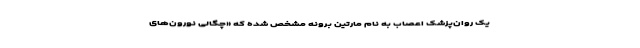
یک روان‌پزشک اعصاب به نام مارتین برونه مشخص شده که «چگالی نورون‌های